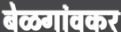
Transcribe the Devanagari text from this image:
बेळगांवकर